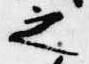
之